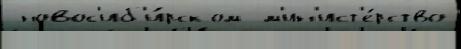
 новос'иб'и́рском  м'ин'ист'е́рство